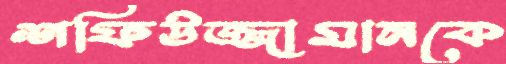
শফিউজ্জামানকে